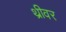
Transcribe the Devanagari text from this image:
थ्रीवर